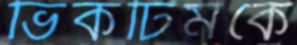
ভিকটিমকে